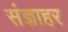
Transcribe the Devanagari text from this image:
संज्ञाहर